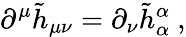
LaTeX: \partial^{\mu}\tilde{h}_{\mu\nu}=\partial_{\nu}\tilde{h}_{\alpha}^{\alpha}\ ,